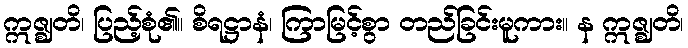
ဣဇ္ဈတိ၊ ပြည့်စုံ၏။ စိရဋ္ဌာနံ၊ ကြာမြင့်စွာ တည်ခြင်းမူကား။ န ဣဇ္ဈတိ၊